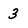
Character: 3